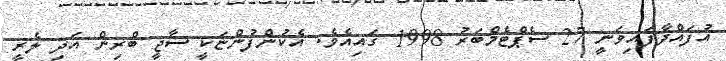
އުފައްދާފައިވަނީ 27 ސެޕްޓެމްބަރު 1998 ގައިއެވެ. އެކުންފުންޏަކީ ސާޖީ ބްރިން އަދި ލެރީ